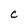
Character: C